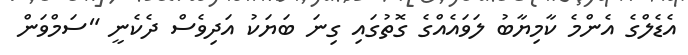
އެޑެލްގެ އެންމެ ކާމިޔާބު ލަވައެއްގެ ގޮތުގައި ގިނަ ބަޔަކު އަދިވެސް ދެކެނީ "ސަމްވަން